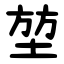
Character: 堃